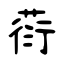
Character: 葕